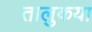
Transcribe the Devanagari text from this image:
तालुकया